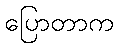
ပြောတာက